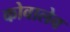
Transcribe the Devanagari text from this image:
कोवालेव